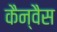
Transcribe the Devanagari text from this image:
कैन्वैस